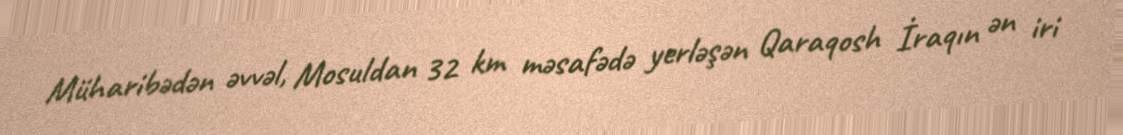
Müharibədən əvvəl, Mosuldan 32 km məsafədə yerləşən Qaraqosh İraqın ən iri